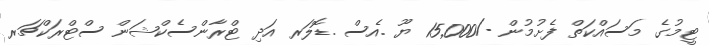
ޓީމުގެ މަސައްކަތް ފެށުމުން -/15